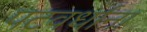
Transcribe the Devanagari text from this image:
पटवर्धांना